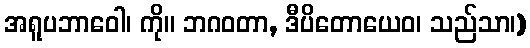
အရူပဘာဝေါ၊ ကို။ ဘဂဝတာ, ဒီပိတောယေဝ၊ သည်သာ၊)